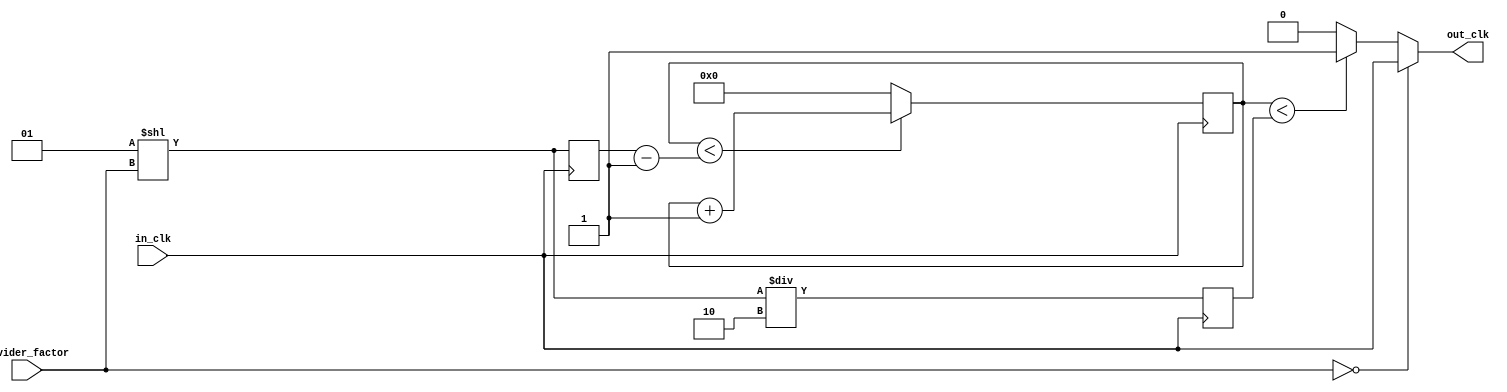
module divide_clock(
	input in_clk,
	input [15:0] divider_factor,
	output reg out_clk
	);
	

	reg [31:0] m;
	reg [31:0] divider;
	reg [31:0] half_divider;

	initial begin
		m = 0;
		divider = 2;
		half_divider = 1;
	end

	always @(posedge in_clk) begin
		if (m < divider - 1)
			m <= m + 1;
		else   
			m <= 0;
	end

	always @(in_clk) begin
		if (divider_factor == 0)
			out_clk <= in_clk;
		else if (m < half_divider)
			out_clk <= 1;
		else
			out_clk <= 0;
	end
	
	always @(posedge in_clk) begin
		divider = 2**divider_factor;
		half_divider = divider/2;
	end
endmodule